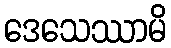
ဒေသေဿာမိ